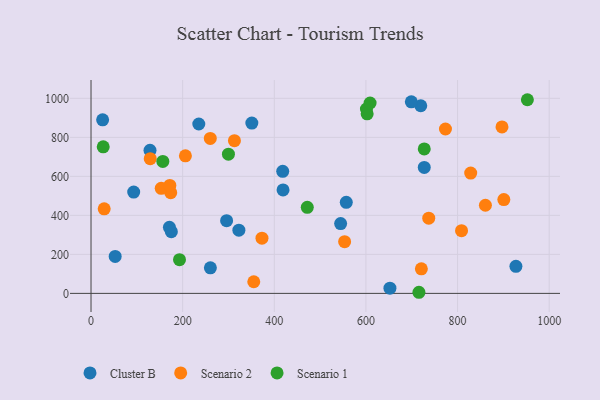
{"axis": {"x": "Investment", "y": "Yield"}, "legend": ["Cluster B", "Scenario 1", "Scenario 2"], "data": [{"x": "418.4", "y": 625.9, "type": "Cluster B"}, {"x": "295.9", "y": 372.9, "type": "Cluster B"}, {"x": "93.1", "y": 519.4, "type": "Cluster B"}, {"x": "351.0", "y": 873.1, "type": "Cluster B"}, {"x": "727.3", "y": 645.7, "type": "Cluster B"}, {"x": "419.1", "y": 530.6, "type": "Cluster B"}, {"x": "557.1", "y": 466.8, "type": "Cluster B"}, {"x": "322.7", "y": 324.2, "type": "Cluster B"}, {"x": "260.5", "y": 131.3, "type": "Cluster B"}, {"x": "171.1", "y": 338.5, "type": "Cluster B"}, {"x": "235.2", "y": 868.4, "type": "Cluster B"}, {"x": "544.8", "y": 357.7, "type": "Cluster B"}, {"x": "128.7", "y": 733.7, "type": "Cluster B"}, {"x": "719.7", "y": 961.9, "type": "Cluster B"}, {"x": "25.3", "y": 889.6, "type": "Cluster B"}, {"x": "927.4", "y": 138.5, "type": "Cluster B"}, {"x": "652.4", "y": 26.5, "type": "Cluster B"}, {"x": "175.3", "y": 316.6, "type": "Cluster B"}, {"x": "52.7", "y": 189.7, "type": "Cluster B"}, {"x": "699.1", "y": 982.3, "type": "Cluster B"}, {"x": "553.5", "y": 265.0, "type": "Scenario 2"}, {"x": "828.7", "y": 617.0, "type": "Scenario 2"}, {"x": "313.0", "y": 782.7, "type": "Scenario 2"}, {"x": "28.7", "y": 433.6, "type": "Scenario 2"}, {"x": "721.0", "y": 126.1, "type": "Scenario 2"}, {"x": "897.0", "y": 853.3, "type": "Scenario 2"}, {"x": "773.6", "y": 842.9, "type": "Scenario 2"}, {"x": "355.2", "y": 59.6, "type": "Scenario 2"}, {"x": "901.0", "y": 481.2, "type": "Scenario 2"}, {"x": "737.1", "y": 385.5, "type": "Scenario 2"}, {"x": "860.8", "y": 451.9, "type": "Scenario 2"}, {"x": "373.1", "y": 283.0, "type": "Scenario 2"}, {"x": "260.3", "y": 794.6, "type": "Scenario 2"}, {"x": "173.9", "y": 516.3, "type": "Scenario 2"}, {"x": "153.2", "y": 538.4, "type": "Scenario 2"}, {"x": "808.7", "y": 321.7, "type": "Scenario 2"}, {"x": "206.0", "y": 705.3, "type": "Scenario 2"}, {"x": "129.2", "y": 690.7, "type": "Scenario 2"}, {"x": "172.0", "y": 553.5, "type": "Scenario 2"}, {"x": "156.7", "y": 676.8, "type": "Scenario 1"}, {"x": "472.0", "y": 441.2, "type": "Scenario 1"}, {"x": "715.7", "y": 5.7, "type": "Scenario 1"}, {"x": "601.1", "y": 945.3, "type": "Scenario 1"}, {"x": "602.7", "y": 920.5, "type": "Scenario 1"}, {"x": "952.4", "y": 992.9, "type": "Scenario 1"}, {"x": "727.3", "y": 740.8, "type": "Scenario 1"}, {"x": "609.1", "y": 976.1, "type": "Scenario 1"}, {"x": "193.1", "y": 172.7, "type": "Scenario 1"}, {"x": "299.9", "y": 713.6, "type": "Scenario 1"}, {"x": "26.6", "y": 751.5, "type": "Scenario 1"}]}